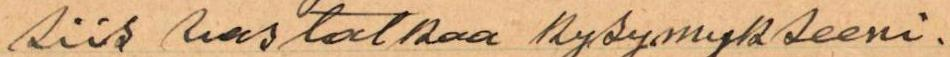
siis vastatkaa kysymykseeni.